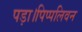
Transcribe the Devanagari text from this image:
पड़ा।पिप्पलिवन